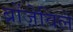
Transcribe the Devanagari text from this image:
ब्रोंज़ेविले